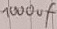
Text: 1000uF